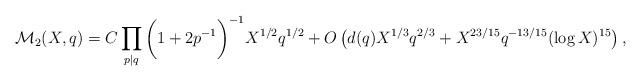
LaTeX: \begin{align*}\mathcal{M}_2(X,q)= C\prod_{p\mid q}\bigg(1+2p^{-1}\bigg)^{-1}X^{1/2}q^{1/2}+O\left(d(q)X^{1/3}q^{2/3}+X^{23/15}q^{-13/15}(\log X)^{15}\right),\end{align*}